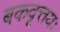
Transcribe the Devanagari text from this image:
बकवृत्तयः